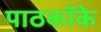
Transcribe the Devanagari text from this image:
पाठकॉके